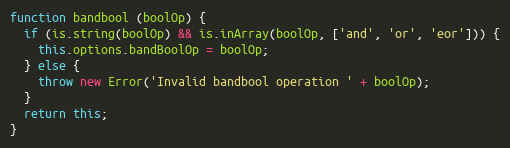
Language: JavaScript
function bandbool (boolOp) {
  if (is.string(boolOp) && is.inArray(boolOp, ['and', 'or', 'eor'])) {
    this.options.bandBoolOp = boolOp;
  } else {
    throw new Error('Invalid bandbool operation ' + boolOp);
  }
  return this;
}